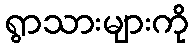
ရွာသားများကို